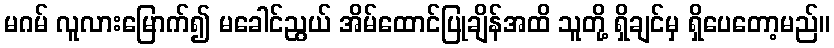
မဂမ် လူလားမြောက်၍ မခေါင်ညွယ် အိမ်ထောင်ပြုချိန်အထိ သူတို့ ရှိချင်မှ ရှိပေတော့မည်။